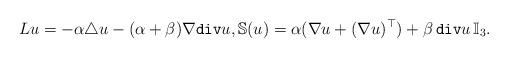
LaTeX: \begin{align*}Lu=-\alpha\triangle u-(\alpha+\beta)\nabla \mathtt{div}u, \mathbb{S}(u)=\alpha(\nabla u+(\nabla u)^\top)+\beta\, \mathtt{div}u\, \mathbb{I}_3.\end{align*}